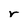
Character: r